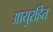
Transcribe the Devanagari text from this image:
आयुरहित